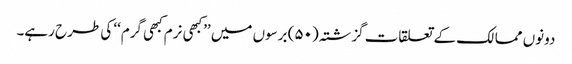
دونوں ممالک کے تعلقات گزشتہ (۵۰) برسوں میں ’’کبھی نرم کبھی گرم‘‘ کی طرح رہے۔